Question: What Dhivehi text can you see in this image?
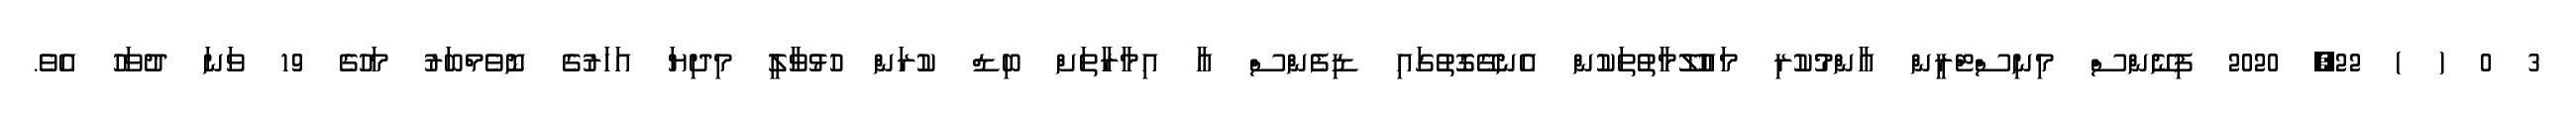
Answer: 3 0 ( ) 22, 2020 ފިނޭންސް މިނިސްޓްރީން އާންމުކުރި މައުލޫމާތުތަކުން އެނގޭގޮތުގައި ޑިފެންސް އާ އިމާރާތަށް ބިޑް ކުރަން ހުޅުވާލީ މިދިޔަ އަހަރުގެ ނޮވެމްބަރު މަހުގެ 19 ވަނަ ދުވަހު އެވެ.